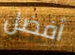
أفضل